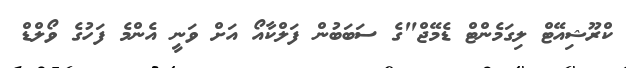
ކްރޫޝިއޭޓް ލިގަމެންޓް ޑެމޭޖް"ގެ ސަބަބުން ފަލްކާއޯ އަށް ވަނީ އެންމެ ފަހުގެ ވޯލްޑް